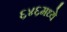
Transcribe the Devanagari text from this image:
६४६मध्ये